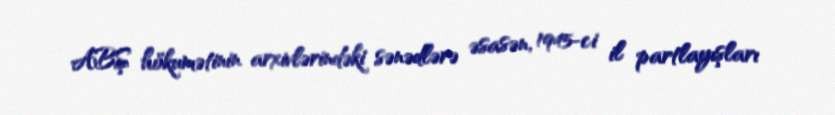
ABŞ hökumətinin arxivlərindəki sənədlərə əsasən, 1945-ci il partlayışları